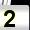
Digit: 2